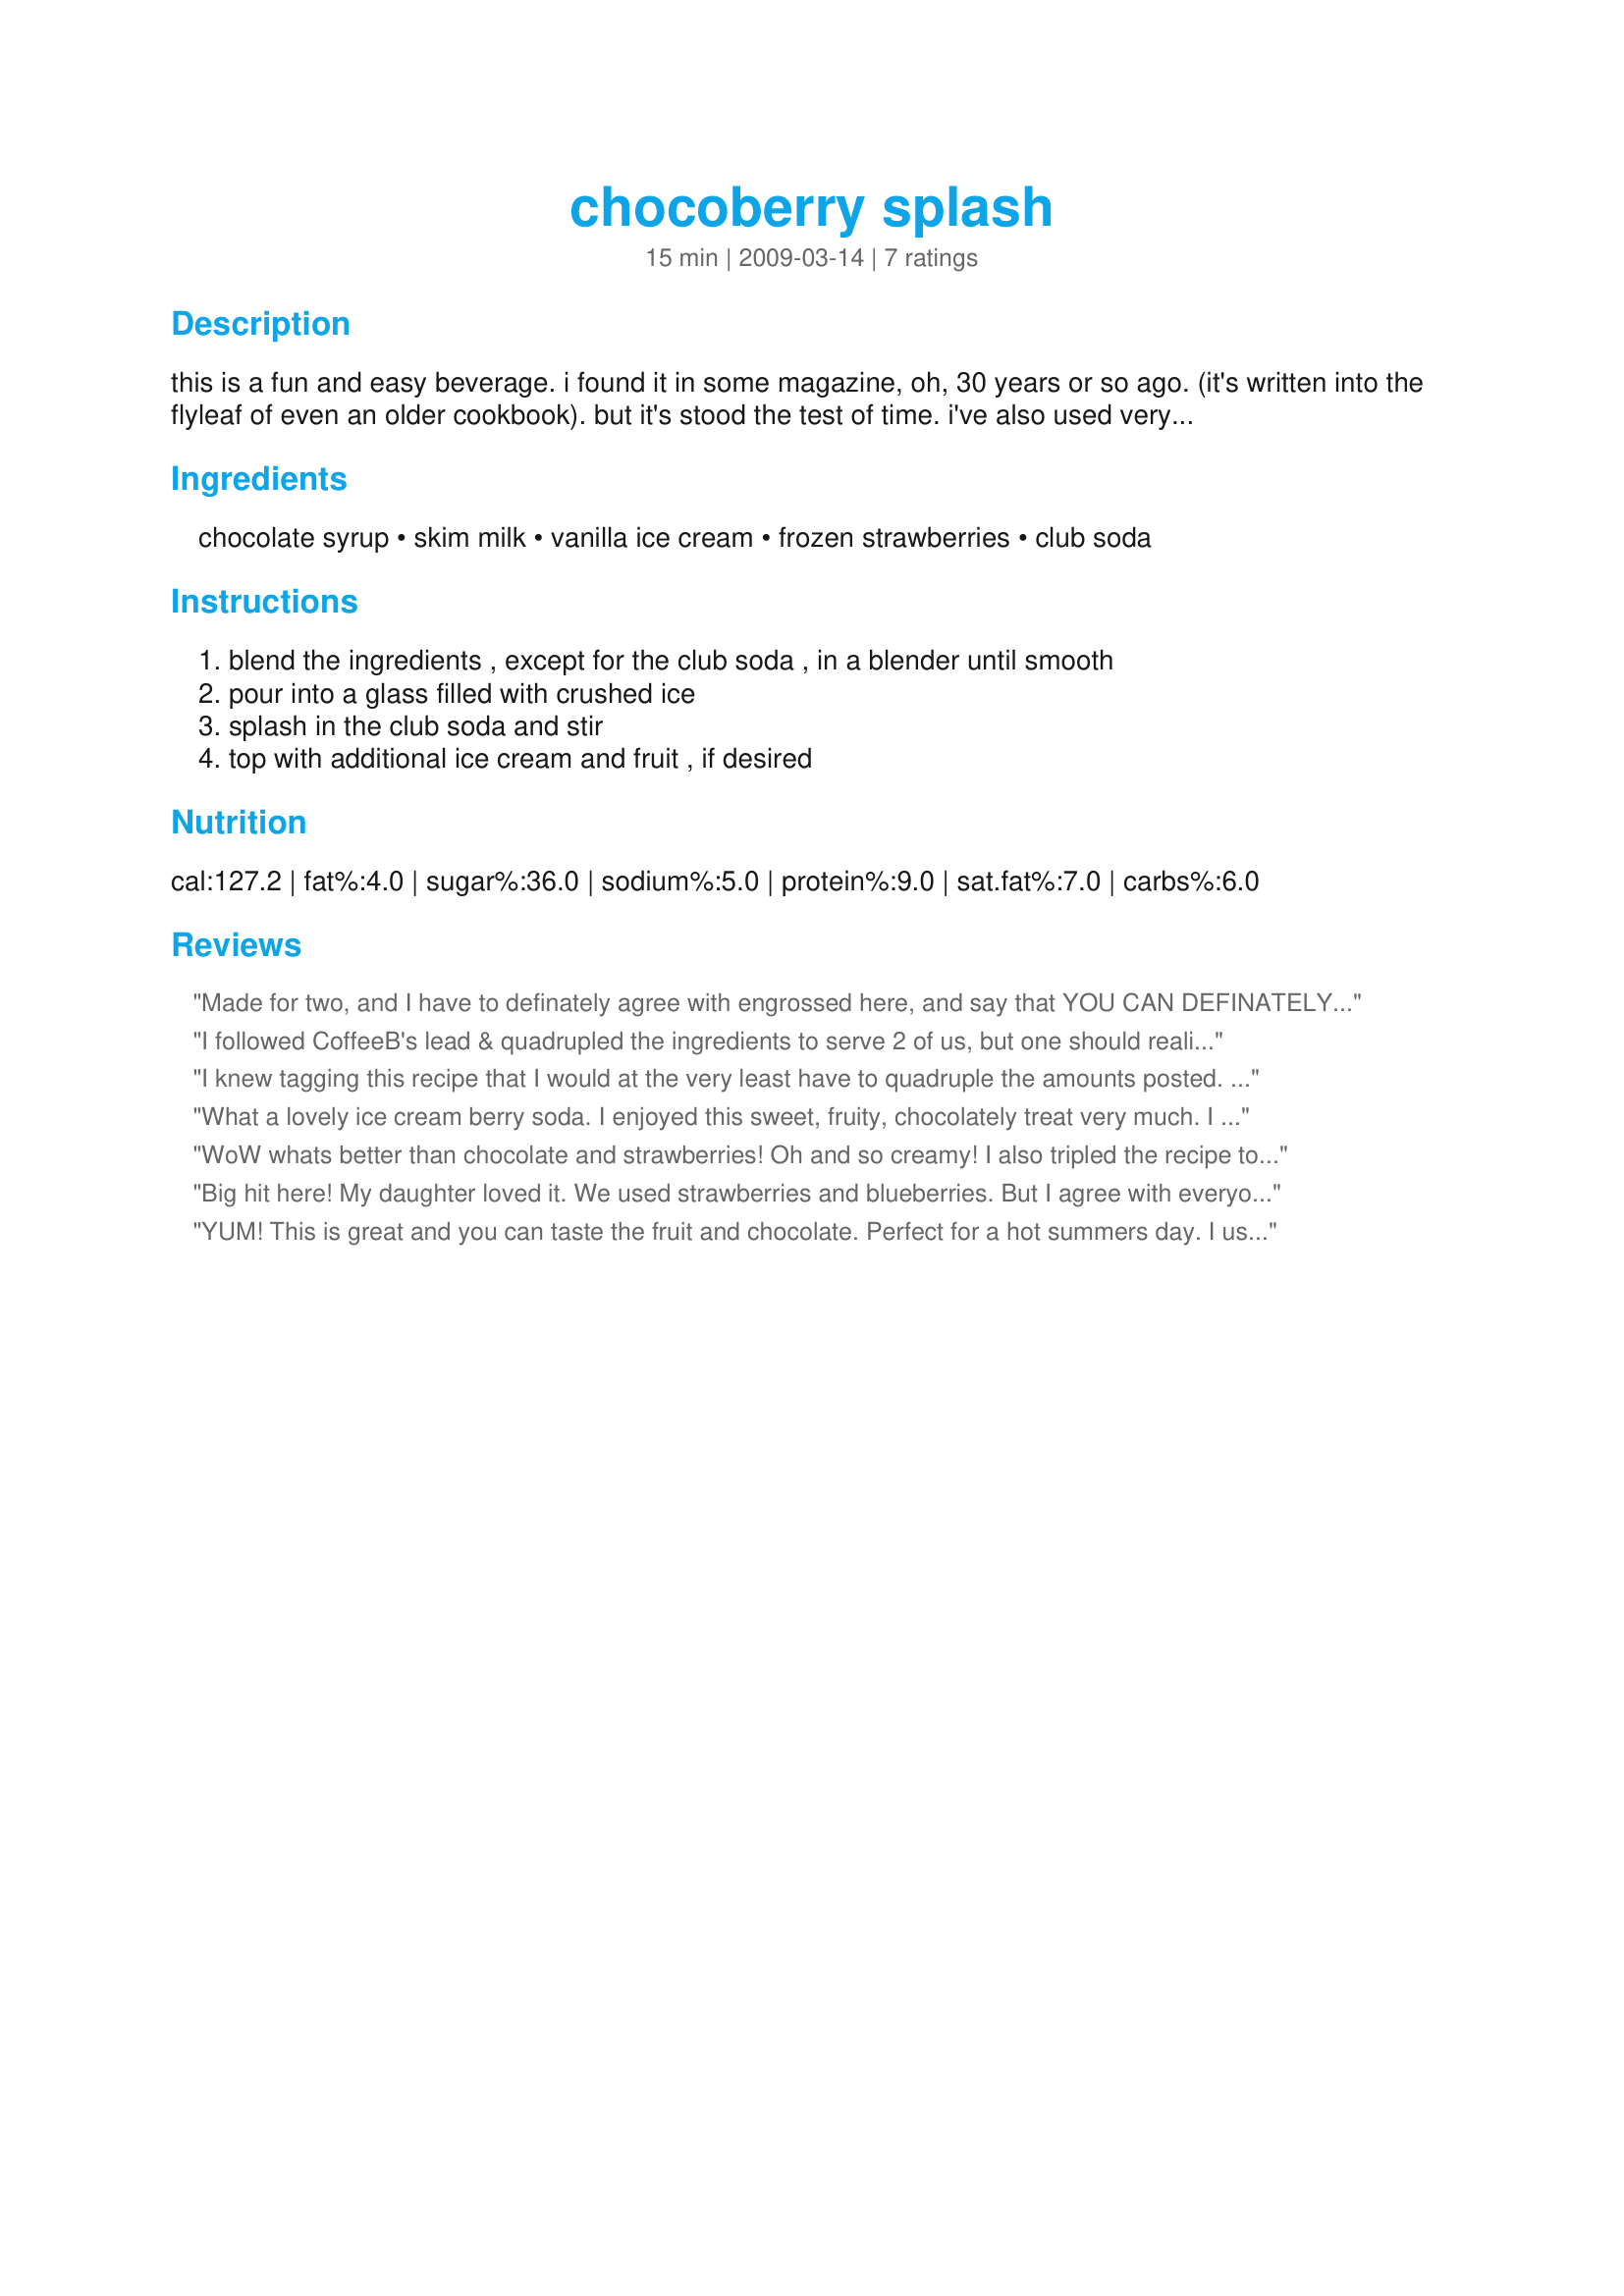
chocoberry splash
Preparation time: 15 minutes

this is a fun and easy beverage. i found it in some magazine, oh, 30 years or so ago. (it's written into the flyleaf of even an older cookbook). but it's stood the test of time. i've also used very ripe apricots and other types of berries- the key is soft fruit. note on servings: this is meant to be a treat for someone really watching calories - i can drink a double batch all by myself - but the original intent was to provide a reasonable treat when dieting.

Ingredients:
chocolate syrup, skim milk, vanilla ice cream, frozen strawberries, club soda

Steps:
blend the ingredients , except for the club soda , in a blender until smooth, pour into a glass filled with crushed ice, splash in the club soda and stir, top with additional ice cream and fruit , if desired

Reviews:
Made for two, and I have to definately agree with engrossed here, and say that YOU CAN DEFINATELY taste the fruit and chocolate . I used fresh strawberries here. A great recipe. Made for 1-2-3 hits.
I followed CoffeeB's lead & quadrupled the ingredients to serve 2 of us, but one should realize that, for me, if it doesn't fill a 16-oz glass, it isn't a full serving! That said, I made this with freshly frozen (I froze them from fresh!) strawberries & then omitted the ice! All that for a very, very tasty, satisfying drink! Thanks for a great keeper! [Tagged, made & reviewed in Please Review My Recipe]
I knew tagging this recipe that I would at the very least have to quadruple the amounts posted. I was making this for two, but two grown men. I ended up adding the ice to the icecream mix and then pouring into a glass w/a splash of the tonic soda. A nice addition to an equally great tasting smoothie. Oh I should mention I used frozen strawberries:-) Thanks duon~
Made for PRMR!~
What a lovely ice cream berry soda. I enjoyed this sweet, fruity, chocolately treat very much. I used frozen strawberries and raspberries, that I picked and froze, so added 1 tbsp white sugar to the blend. Thanks for sharing this refreshing treat. It was perfect for the hot sweltering day we had yesterday.
WoW whats better than chocolate and strawberries! Oh and so creamy! I also tripled the recipe to serve three of us! We all loved it : )
Big hit here! My daughter loved it. We used strawberries and blueberries. But I agree with everyone else... no way is this 2 servings. I tripled the recipe and got just enough for 2 glasses
YUM! This is great and you can taste the fruit and chocolate. Perfect for a hot summers day. I used fresh strawberries and also blended the ice in. Made for 1-2-3 hit wonders.
